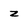
Character: z